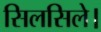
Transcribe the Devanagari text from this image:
सिलसिले।